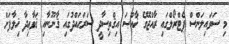
މި ސަވައިލަންސް ޕެޓްރޯލްގައި ރާއްޖޭގެ ޚާއްޞަ އިޤްތިސާދީ ސަރަޙައްދުގައި ޤާނޫނާއި ޤަވާޢިދާ ޚިލާފަށް